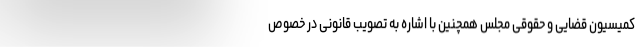
کمیسیون قضایی و حقوقی مجلس همچنین با اشاره به تصویب قانونی در خصوص